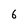
Character: 6